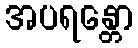
အပရန္တော